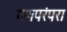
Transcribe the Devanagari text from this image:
गणपरंपरा